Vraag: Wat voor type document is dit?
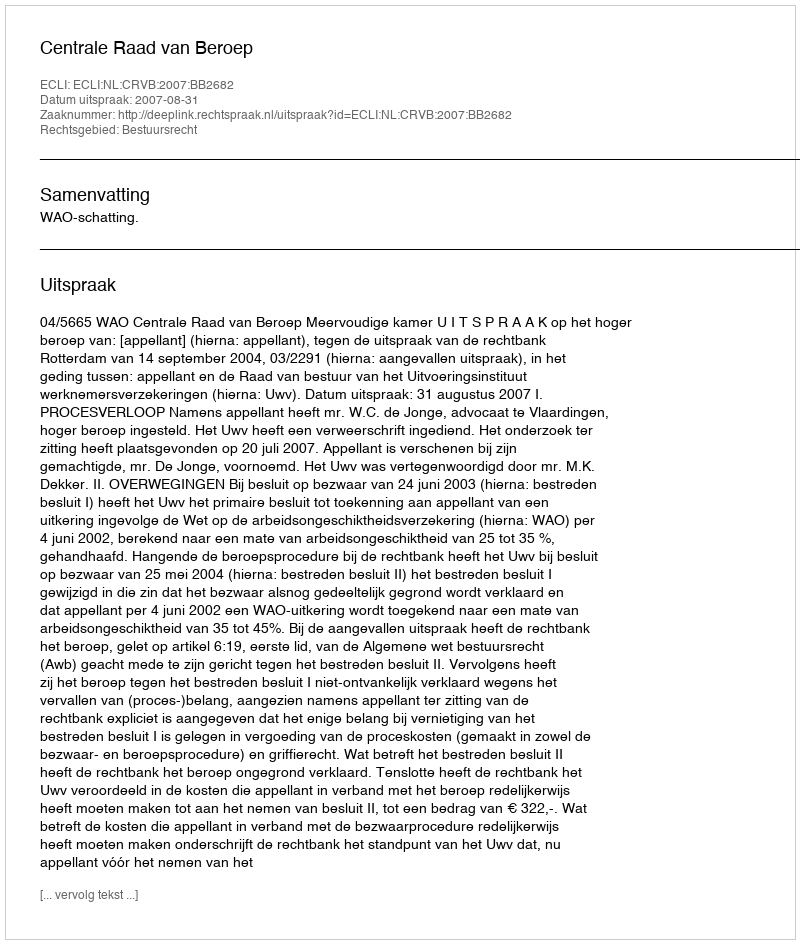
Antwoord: Uitspraak